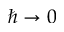
\hbar \rightarrow 0